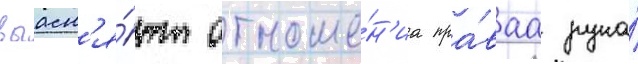
выасн'я́ют отноше́н'иа пра́ваа рука́